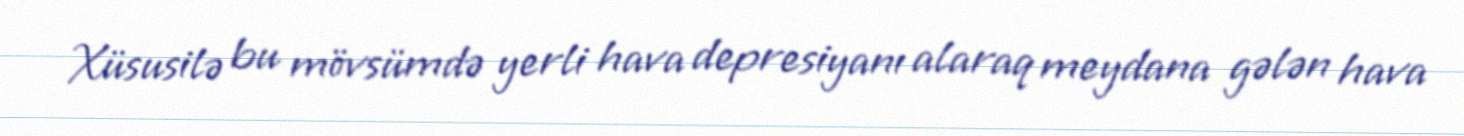
Xüsusilə bu mövsümdə yerli hava depresiyanı alaraq meydana gələn hava